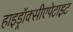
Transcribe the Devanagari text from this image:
हाइड्रॉक्सीएपेटाइट